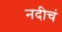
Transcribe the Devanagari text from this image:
नदीचं